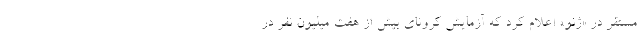
مستقر در «ژنو» اعلام کرد که آزمایش کرونای بیش از هفت میلیون نفر در